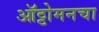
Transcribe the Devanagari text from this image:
ऑट्टोमनचा